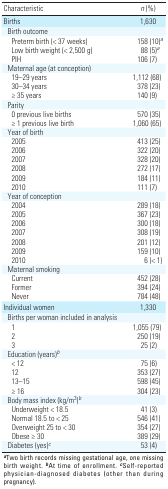
<table><thead><tr><td><b>Characteristic</b></td><td><b><i>n</i> (%)</b></td></tr></thead><tbody><tr><td><b>Births</b></td><td>1,630</td></tr><tr><td><b>Birth outcome</b></td></tr><tr><td><b>Preterm birth (&lt; 37 weeks)</b></td><td>158 (10)<sup><i>a</i></sup></td></tr><tr><td><b>Low birth weight (&lt; 2,500 g)</b></td><td>88 (5)<sup><i>a</i></sup></td></tr><tr><td><b>PIH</b></td><td>106 (7)</td></tr><tr><td><b>Maternal age (at conception)</b></td></tr><tr><td><b>19–29 years</b></td><td>1,112 (68)</td></tr><tr><td><b>30–34 years</b></td><td>378 (23)</td></tr><tr><td><b>≥ 35 years</b></td><td>140 (9)</td></tr><tr><td><b>Parity</b></td></tr><tr><td><b>0 previous live births</b></td><td>570 (35)</td></tr><tr><td><b>≥ 1 previous live birth</b></td><td>1,060 (65)</td></tr><tr><td><b>Year of birth</b></td><td></td></tr><tr><td><b>2005</b></td><td>413 (25)</td></tr><tr><td><b>2006</b></td><td>322 (20)</td></tr><tr><td><b>2007</b></td><td>328 (20)</td></tr><tr><td><b>2008</b></td><td>272 (17)</td></tr><tr><td><b>2009</b></td><td>184 (11)</td></tr><tr><td><b>2010</b></td><td>111 (7)</td></tr><tr><td><b>Year of conception</b></td></tr><tr><td><b>2004</b></td><td>289 (18)</td></tr><tr><td><b>2005</b></td><td>367 (23)</td></tr><tr><td><b>2006</b></td><td>300 (18)</td></tr><tr><td><b>2007</b></td><td>308 (19)</td></tr><tr><td><b>2008</b></td><td>201 (12)</td></tr><tr><td><b>2009</b></td><td>159 (10)</td></tr><tr><td><b>2010</b></td><td>6 (&lt; 1)</td></tr><tr><td><b>Maternal smoking</b></td></tr><tr><td><b>Current</b></td><td>452 (28)</td></tr><tr><td><b>Former</b></td><td>394 (24)</td></tr><tr><td><b>Never</b></td><td>784 (48)</td></tr><tr><td><b>Individual women</b></td><td>1,330</td></tr><tr><td><b>Births per woman included in analysis</b></td></tr><tr><td><b>1</b></td><td>1,055 (79)</td></tr><tr><td><b>2</b></td><td>250 (19)</td></tr><tr><td><b>3</b></td><td>25 (2)</td></tr><tr><td><b>Education (years)<sup><i>b</i></sup></b></td><td></td></tr><tr><td><b>&lt; 12</b></td><td>75 (6)</td></tr><tr><td><b>12</b></td><td>353 (27)</td></tr><tr><td><b>13–15</b></td><td>598 (45)</td></tr><tr><td><b>≥ 16</b></td><td>304 (23)</td></tr><tr><td><b>Body mass index (kg/m<sup>3</sup>)<sup><i>b</i></sup></b></td><td></td></tr><tr><td><b>Underweight &lt; 18.5</b></td><td>41 (3)</td></tr><tr><td><b>Normal 18.5 to &lt; 25</b></td><td>546 (41)</td></tr><tr><td><b>Overweight 25 to &lt; 30</b></td><td>354 (27)</td></tr><tr><td><b>Obese ≥ 30</b></td><td>389 (29)</td></tr><tr><td><b>Diabetes (yes)<sup><i>c</i></sup></b></td><td>53 (4)</td></tr><tr><td colspan="2"><sup><i><b>a</b></i></sup>Two birth records missing gestational age, one ­missing birth weight. <sup><i><b>b</b></i></sup>At time of enrollment. <sup><i><b>c</b></i></sup>Self-reported ­physician-diagnosed diabetes (other than during ­pregnancy).</td></tr></tbody></table>